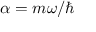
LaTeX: \alpha = m \omega / \hbar